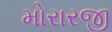
મોરારજી